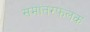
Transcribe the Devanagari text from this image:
समांतरफलक